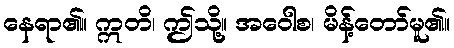
နေရာ၏။ ဣတိ၊ ဤသို့။ အဝေါစ၊ မိန့်တော်မူ၏။